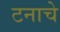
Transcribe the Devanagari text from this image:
टनाचे